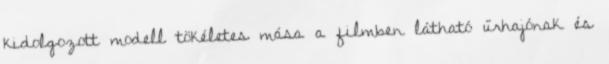
kidolgozott modell tökéletes mása a filmben látható űrhajónak és